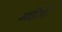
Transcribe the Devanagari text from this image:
महिरपी